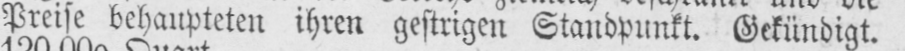
Preise behaupteten ihren gestrigen Standpunkt. Gekündigt.